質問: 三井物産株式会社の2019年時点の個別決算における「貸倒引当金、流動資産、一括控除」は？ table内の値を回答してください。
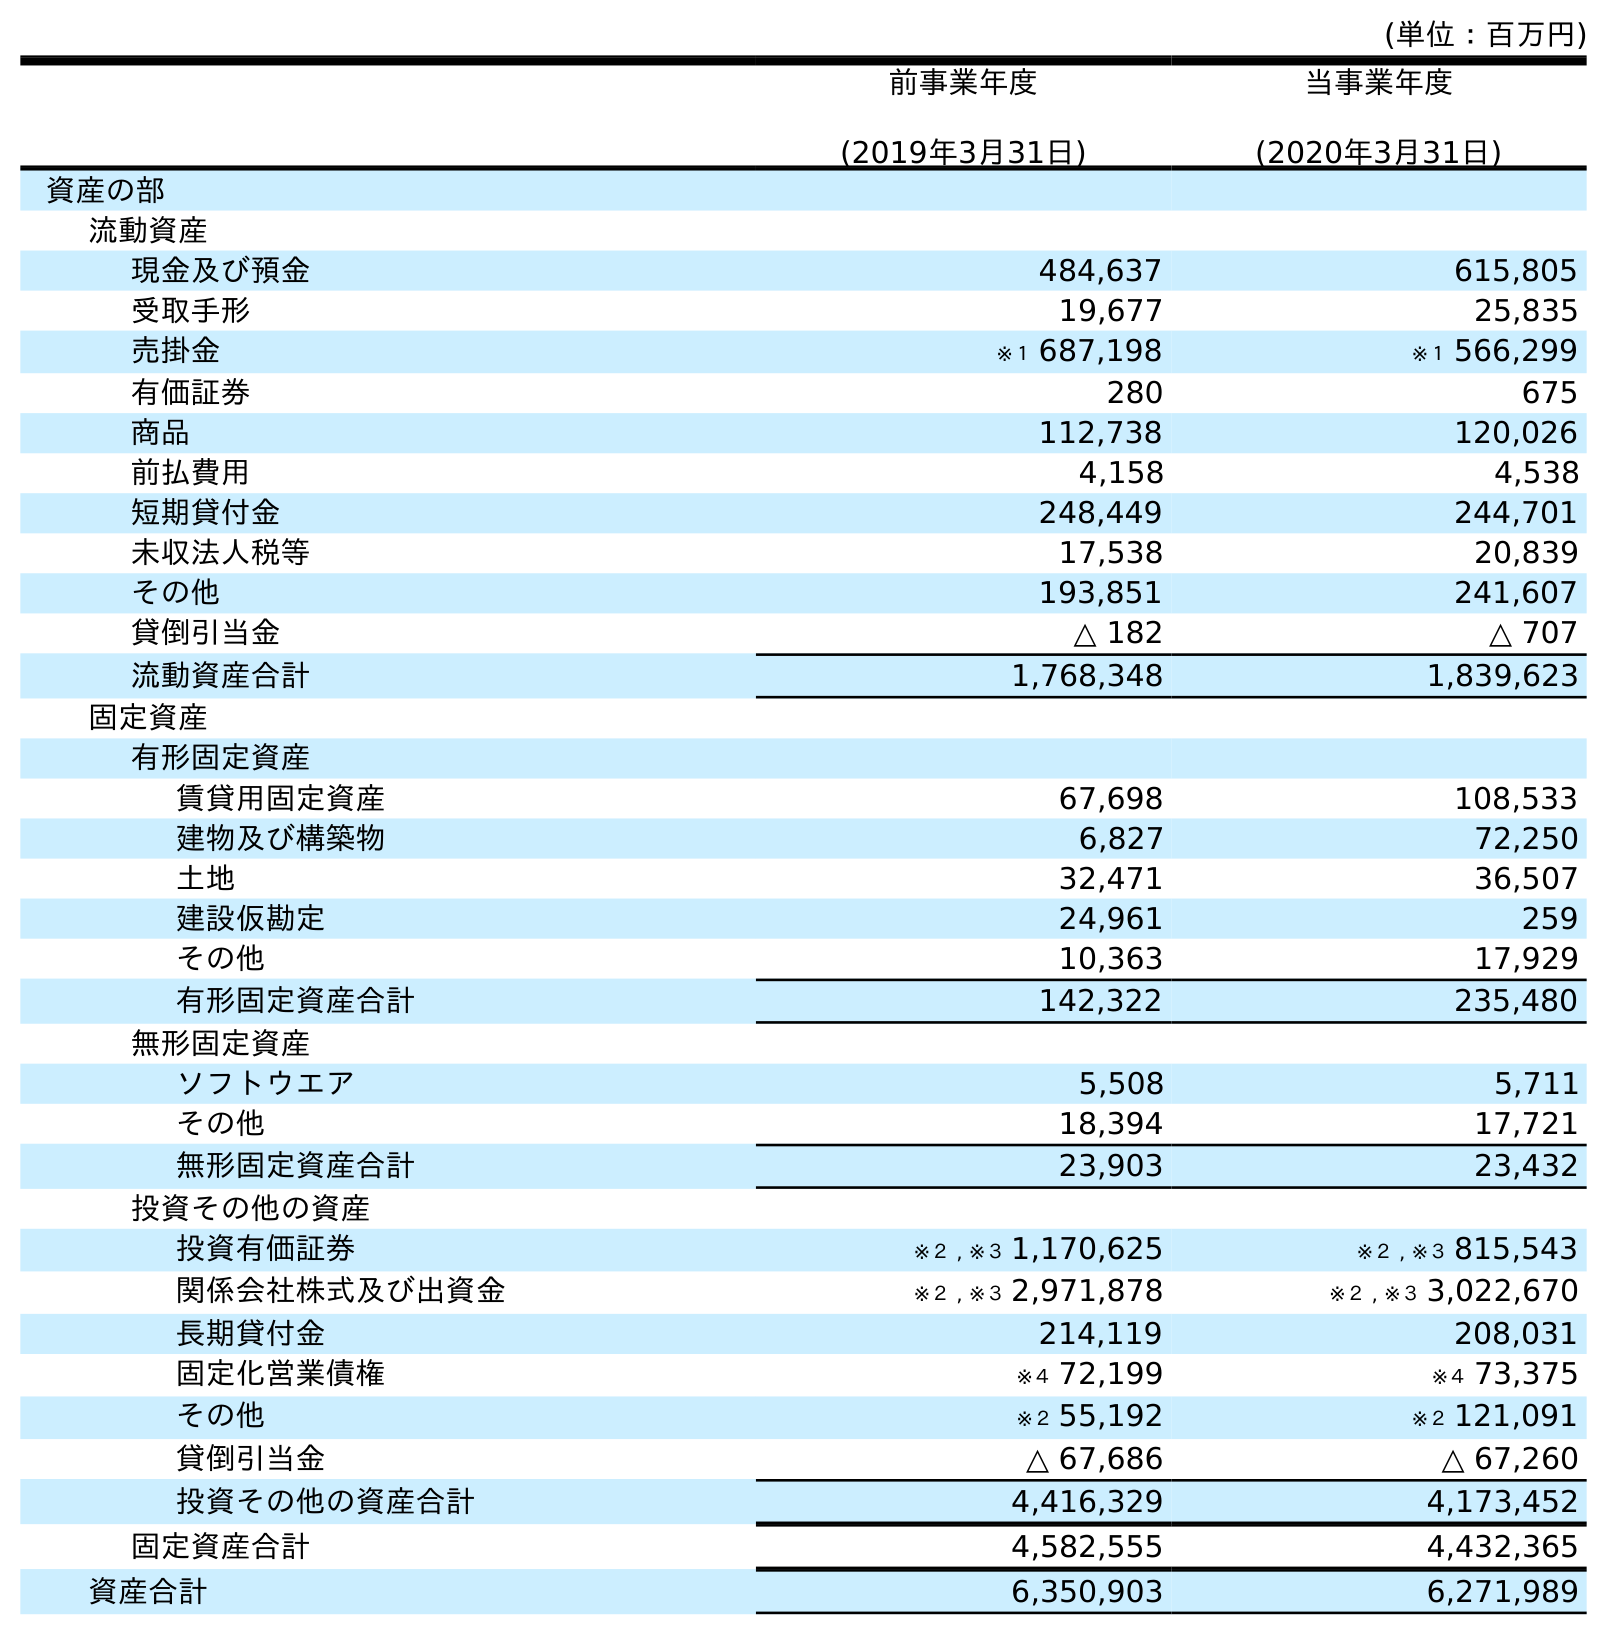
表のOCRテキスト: (単位：百万円) 前事業年度 (2019年3月31日) 当事業年度 (2020年3月31日) 資産の部 流動資産 現金及び預金 484,637 615,805 受取手形 19,677 25,835 売掛金 ※１ 687,198 ※１ 566,299 有価証券 280 675 商品 112,738 120,026 前払費用 4,158 4,538 短期貸付金 248,449 244,701 未収法人税等 17,538 20,839 その他 193,851 241,607 貸倒引当金 △ 182 △ 707 流動資産合計 1,768,348 1,839,623 固定資産 有形固定資産 賃貸用固定資産 67,698 108,533 建物及び構築物 6,827 72,250 土地 32,471 36,507 建設仮勘定 24,961 259 その他 10,363 17,929 有形固定資産合計 142,322 235,480 無形固定資産 ソフトウエア 5,508 5,711 その他 18,394 17,721 無形固定資産合計 23,903 23,432 投資その他の資産 投資有価証券 ※２ , ※３ 1,170,625 ※２ , ※３ 815,543 関係会社株式及び出資金 ※２ , ※３ 2,971,878 ※２ , ※３ 3,022,670 長期貸付金 214,119 208,031 固定化営業債権 ※４ 72,199 ※４ 73,375 その他 ※２ 55,192 ※２ 121,091 貸倒引当金 △ 67,686 △ 67,260 投資その他の資産合計 4,416,329 4,173,452 固定資産合計 4,582,555 4,432,365 資産合計 6,350,903 6,271,989
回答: △182